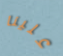
علينا